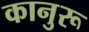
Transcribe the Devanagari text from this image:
कानुरू